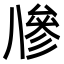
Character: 𠔭